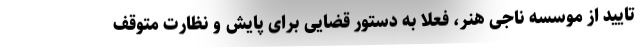
تایید از موسسه ناجی هنر، فعلاً به دستور قضایی برای پایش و نظارت متوقف